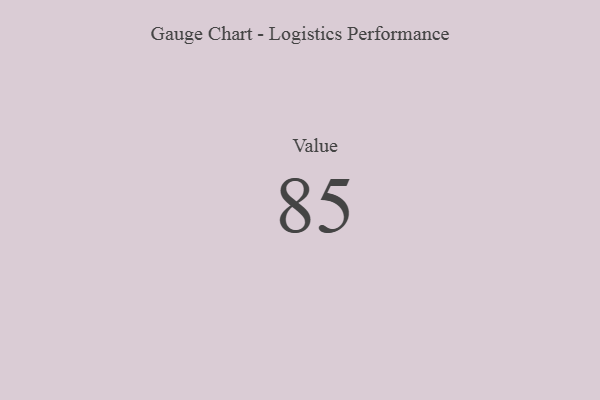
{"axis": {"x": "Metric", "y": "Value"}, "legend": [""], "data": [{"x": "Value", "y": 85, "type": ""}]}